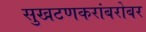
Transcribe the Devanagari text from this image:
सुखटणकरांबरोबर